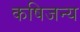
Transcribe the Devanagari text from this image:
कषिजन्य